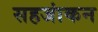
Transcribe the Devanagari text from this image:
सहजांकन